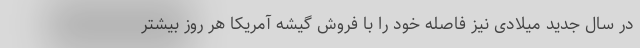
در سال جدید میلادی نیز فاصله خود را با فروش گیشه آمریکا هر روز بیشتر